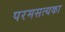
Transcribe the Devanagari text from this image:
परमसत्यका